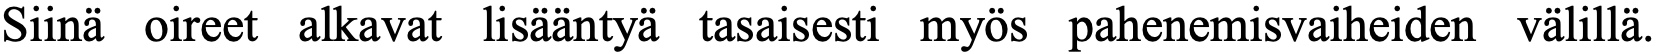
Siinä oireet alkavat lisääntyä tasaisesti myös pahenemisvaiheiden välillä.